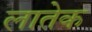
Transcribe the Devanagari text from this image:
लातेक